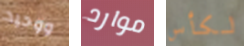
ووحيد موارد لكأس